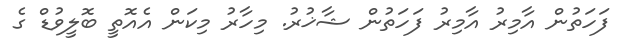
ފަހަތުން އާމިރު އާމިރު ފަހަތުން ޝާޚުރު. މިހާރު މިކަން އެއޮތީ ބޮލީވުޑް ގެ